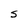
Character: S